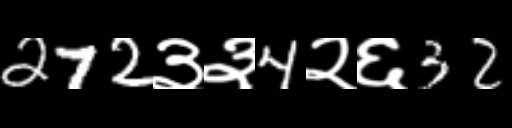
Text: 272३३4२६32